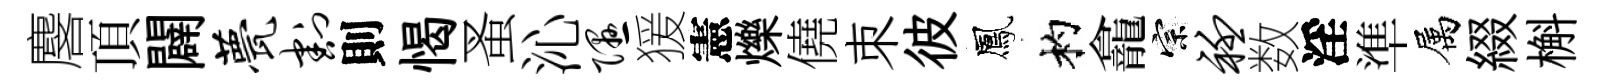
麐頂闢甍割則愒蚤沁隰猨憲爍僥朿彼鳳杓龕宗衽数淫準属綴槲